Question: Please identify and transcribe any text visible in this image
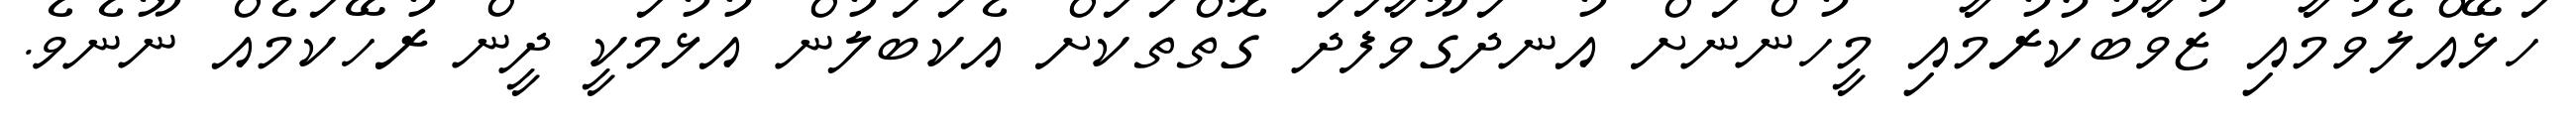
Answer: ހަޅޭއްލެވުމާއި ޒުވާބުކުރުމާއި މީހުންނަށް އުނދަގޫވާފަދަ ގޮތްތަކަށް އެކަބަލުން އުޅުމަކީ ދީން ރުހޭކަމެއް ނޫނެވެ.